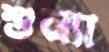
শুন্যা